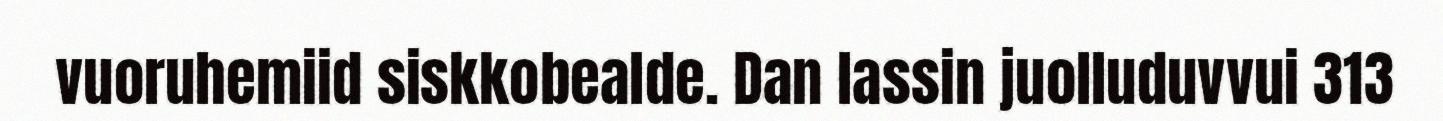
vuoruhemiid siskkobealde. Dan lassin juolluduvvui 313